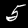
Label: 5